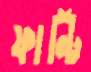
ফান্টি